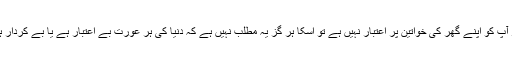
اگر آپ کو اپنے گھر کی خواتین پر اعتبار نہیں ہے تو اسکا ہر گز یہ مطلب نہیں ہے کہ دنیا کی ہر عورت بے اعتبار ہے یا بے کردار ہے۔